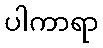
ပါကာရာ